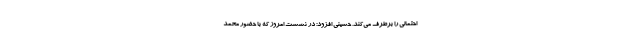
احتمالی را برطرف می‌کند. حسینی افزود: در نشست امروز که با حضور محمد